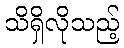
သိရှိလိုသည့်